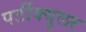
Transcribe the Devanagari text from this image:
पर्टीक्युलर